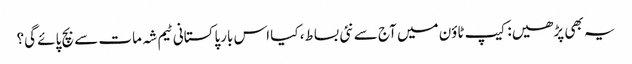
یہ بھی پڑھیں: کیپ ٹاؤن میں آج سے نئی بساط، کیا اس بارپاکستانی ٹیم شہ مات سے بچ پائے گی؟